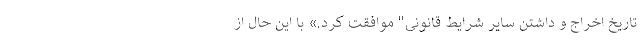
تاریخ اخراج و داشتن سایر شرایط قانونی" موافقت کرد.» با این حال از